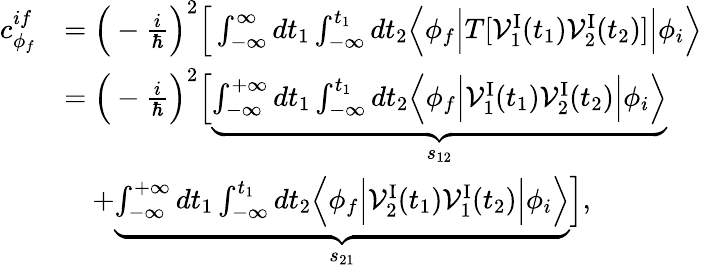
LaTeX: \begin{array}{rl}{c_{\phi_{f}}^{if}}&{=\Big(-\frac{i}{\hbar}\Big)^{2}\Big[\int_{-\infty}^{\infty}dt_{1}\int_{-\infty}^{t_{1}}dt_{2}\Big\langle\phi_{f}\Big\vert T[{\cal V}_{1}^{\mathrm{I}}(t_{1}){\cal V}_{2}^{\mathrm{I}}(t_{2})]\Big\vert\phi_{i}\Big\rangle}\\ &{=\Big(-\frac{i}{\hbar}\Big)^{2}\Big[\underbrace{\int_{-\infty}^{+\infty}dt_{1}\int_{-\infty}^{t_{1}}dt_{2}\Big\langle\phi_{f}\Big\vert{\cal V}_{1}^{\mathrm{I}}(t_{1}){\cal V}_{2}^{\mathrm{I}}(t_{2})\Big\vert\phi_{i}\Big\rangle}_{s_{12}}}\\ &{\quad\mathrm+\underbrace{\int_{-\infty}^{+\infty}dt_{1}\int_{-\infty}^{t_{1}}dt_{2}\Big\langle\phi_{f}\Big\vert{\cal V}_{2}^{\mathrm{I}}(t_{1}){\cal V}_{1}^{\mathrm{I}}(t_{2})\Big\vert\phi_{i}\Big\rangle}_{s_{21}}\Big],}\end{array}